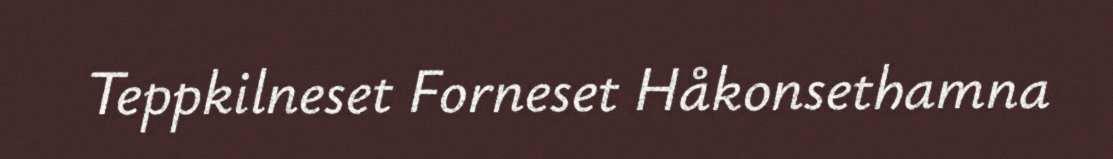
Teppkilneset Forneset Håkonsethamna